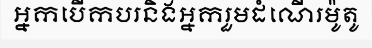
អ្នកបើកបរនិងអ្នករួមដំណើរម៉ូតូ